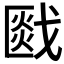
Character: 𰒯